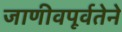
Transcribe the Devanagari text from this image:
जाणीवपूर्वतेने